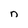
Character: n